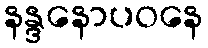
နန္ဒနောပဝနေ